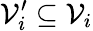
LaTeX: \mathcal{V}_{i}^{\prime}\subseteq\mathcal{V}_{i}